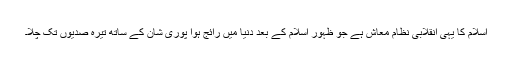
اسلام کا یہی انقلابی نظامِ معاش ہے جو ظہورِ اسلام کے بعد دنیا میں رائج ہوا پوری شان کے ساتھ تیرہ صدیوں تک چلا۔